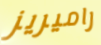
راميريز